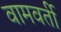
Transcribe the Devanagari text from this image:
वामवर्ती